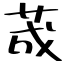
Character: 荿